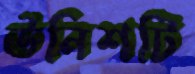
উনিশটি